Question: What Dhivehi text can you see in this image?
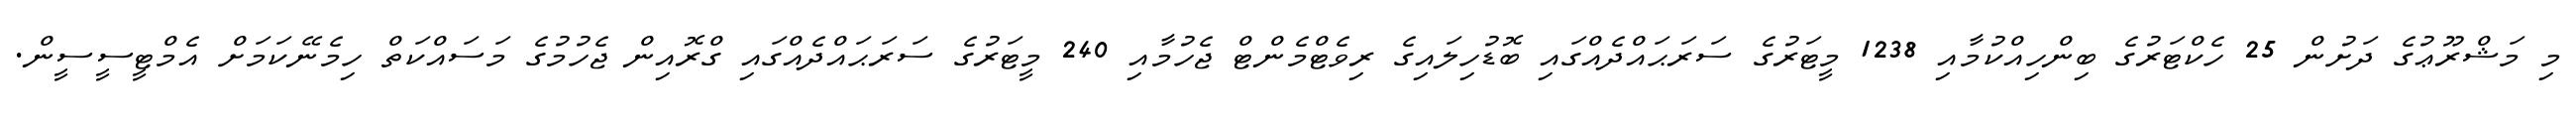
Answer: މި މަޝްރޫޢުގެ ދަށުން 25 ހެކްޓަރުގެ ބިންހިއްކުމާއި 1238 މީޓަރުގެ ސަރަޙައްދެއްގައި ބޮޑުހިލައިގެ ރިވެޓްމެންޓް ޖެހުމާއި 240 މީޓަރުގެ ސަރަޙައްދެއްގައި ގްރޮއިން ޖެހުމުގެ މަސައްކަތް ހިމެނޭކަމަށް އެމްޓީސީސީން.